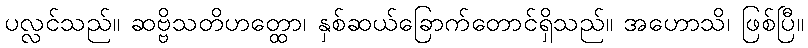
ပလ္လင်သည်။ ဆဗ္ဗိသတိဟတ္ထော၊ နှစ်ဆယ်ခြောက်တောင်ရှိသည်။ အဟောသိ၊ ဖြစ်ပြီ။